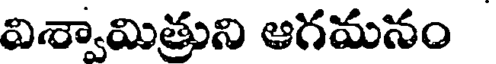
విశ్వామిత్రుని ఆగమనం